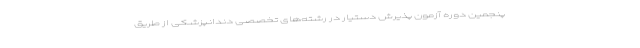
پنجمین دوره آزمون پذیرش دستیار در رشته‌های تخصصی دندانپزشکی از طریق